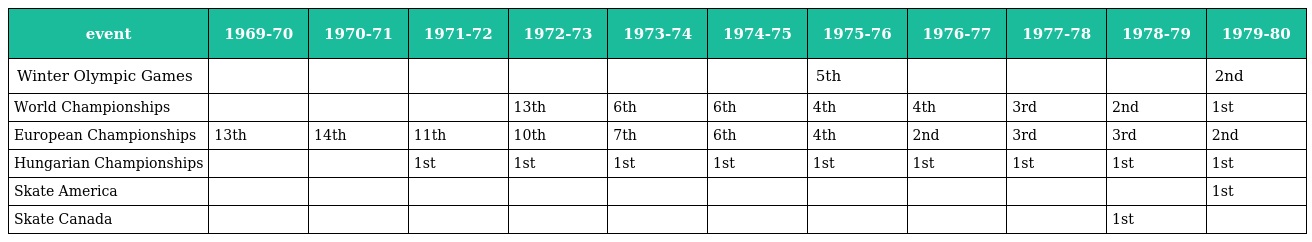
| event | 1969-70 | 1970-71 | 1971-72 | 1972-73 | 1973-74 | 1974-75 | 1975-76 | 1976-77 | 1977-78 | 1978-79 | 1979-80 |
 | --- | --- | --- | --- | --- | --- | --- | --- | --- | --- | --- | --- |
 | Winter Olympic Games |  |  |  |  |  |  | 5th |  |  |  | 2nd |
 | World Championships |  |  |  | 13th | 6th | 6th | 4th | 4th | 3rd | 2nd | 1st |
 | European Championships | 13th | 14th | 11th | 10th | 7th | 6th | 4th | 2nd | 3rd | 3rd | 2nd |
 | Hungarian Championships |  |  | 1st | 1st | 1st | 1st | 1st | 1st | 1st | 1st | 1st |
 | Skate America |  |  |  |  |  |  |  |  |  |  | 1st |
 | Skate Canada |  |  |  |  |  |  |  |  |  | 1st |  |